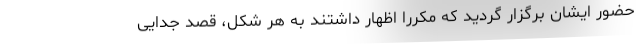
حضور ایشان برگزار گردید که مکررا اظهار داشتند به هر شکل، قصد جدایی